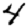
Digit: 4